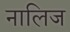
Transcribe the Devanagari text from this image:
नालिज